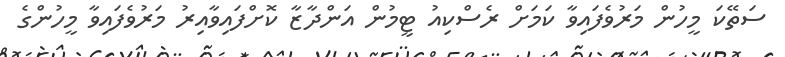
ސަތޭކަ މީހުން މަރުވެފައިވާ ކަމަށް ރެސްކިއު ޓީމުން އަންދާޒާ ކޮށްފައިވާއިރު މަރުވެފައިވާ މީހުންގެ